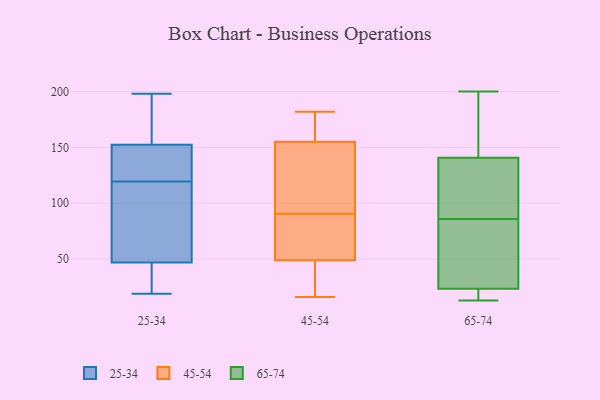
{"axis": {"x": "LTV (USD)", "y": "Value"}, "legend": ["25-34", "45-54", "65-74"], "data": [{"x": "", "y": 24, "type": "25-34"}, {"x": "", "y": 23, "type": "25-34"}, {"x": "", "y": 100, "type": "25-34"}, {"x": "", "y": 53, "type": "25-34"}, {"x": "", "y": 198, "type": "25-34"}, {"x": "", "y": 41, "type": "25-34"}, {"x": "", "y": 99, "type": "25-34"}, {"x": "", "y": 154, "type": "25-34"}, {"x": "", "y": 152, "type": "25-34"}, {"x": "", "y": 118, "type": "25-34"}, {"x": "", "y": 173, "type": "25-34"}, {"x": "", "y": 121, "type": "25-34"}, {"x": "", "y": 19, "type": "25-34"}, {"x": "", "y": 129, "type": "25-34"}, {"x": "", "y": 153, "type": "25-34"}, {"x": "", "y": 146, "type": "25-34"}, {"x": "", "y": 80, "type": "45-54"}, {"x": "", "y": 49, "type": "45-54"}, {"x": "", "y": 99, "type": "45-54"}, {"x": "", "y": 18, "type": "45-54"}, {"x": "", "y": 88, "type": "45-54"}, {"x": "", "y": 161, "type": "45-54"}, {"x": "", "y": 73, "type": "45-54"}, {"x": "", "y": 43, "type": "45-54"}, {"x": "", "y": 105, "type": "45-54"}, {"x": "", "y": 16, "type": "45-54"}, {"x": "", "y": 166, "type": "45-54"}, {"x": "", "y": 169, "type": "45-54"}, {"x": "", "y": 25, "type": "45-54"}, {"x": "", "y": 77, "type": "45-54"}, {"x": "", "y": 93, "type": "45-54"}, {"x": "", "y": 155, "type": "45-54"}, {"x": "", "y": 139, "type": "45-54"}, {"x": "", "y": 182, "type": "45-54"}, {"x": "", "y": 115, "type": "65-74"}, {"x": "", "y": 24, "type": "65-74"}, {"x": "", "y": 110, "type": "65-74"}, {"x": "", "y": 143, "type": "65-74"}, {"x": "", "y": 152, "type": "65-74"}, {"x": "", "y": 200, "type": "65-74"}, {"x": "", "y": 22, "type": "65-74"}, {"x": "", "y": 76, "type": "65-74"}, {"x": "", "y": 140, "type": "65-74"}, {"x": "", "y": 13, "type": "65-74"}, {"x": "", "y": 20, "type": "65-74"}, {"x": "", "y": 86, "type": "65-74"}, {"x": "", "y": 76, "type": "65-74"}]}